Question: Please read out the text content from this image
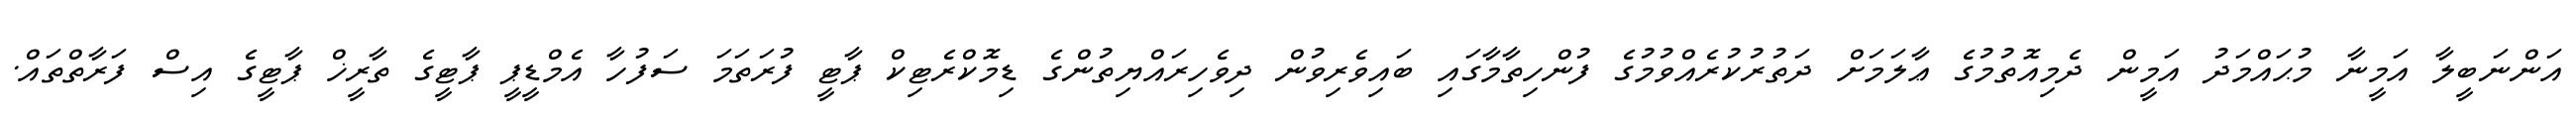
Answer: އަންނަބީލާ އަމީނާ މުޙައްމަދު އަމީން ދެމިއޮތުމުގެ ޢާލަމަށް ދަތުރުކުރެއްވުމުގެ ފުންހިތާމާގައި ބައިވެރިވުން ދިވެހިރައްޔިތުންގެ ޑިމޮކްރެޓިކް ޕާޓީ ފުރަތަމަ ސަފުހާ އެމްޑީޕީ ޕާޓީގެ ތާރީޚް ޕާޓީގެ އިސް ފަރާތްތައް.